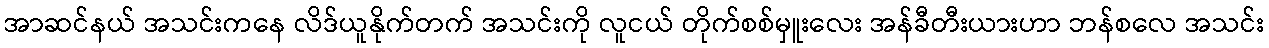
အာဆင်နယ် အသင်းကနေ လိဒ်ယူနိုက်တက် အသင်းကို လူငယ် တိုက်စစ်မှူးလေး အန်ခီတီးယားဟာ ဘန်စလေ အသင်း